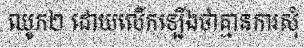
ឈូក២ ដោយលើកឡើងថាគ្មានការសុំ